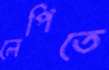
লেপিতে